Report of the Municipal Commissioner on the plague in Bombay for the year ending 31st May... - Volume 1
Disease focus: Plague
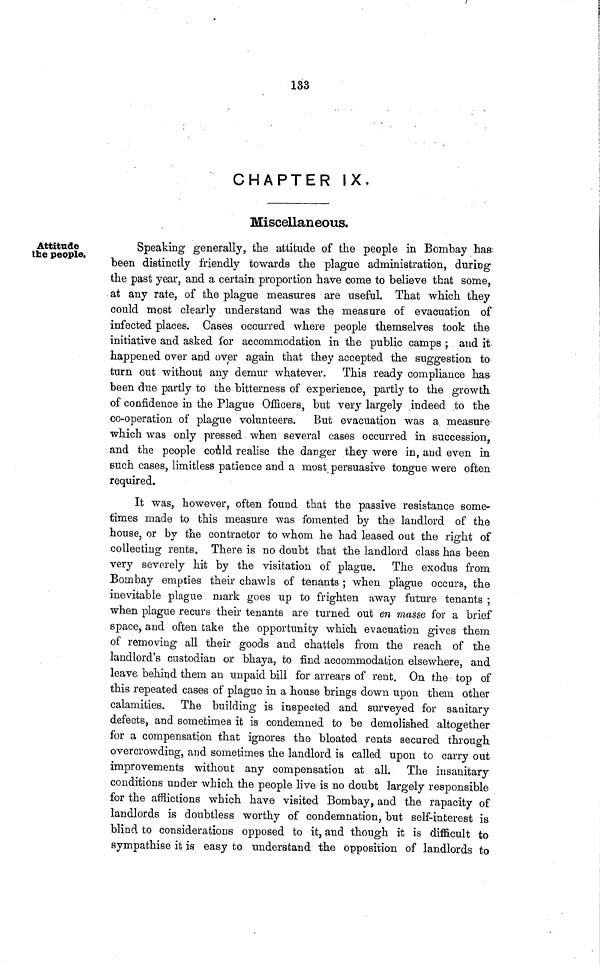
133
CHAPTER IX.
Miscellaneous.
Attitude
tire people.
Speaking generally, the attitude of the people in Bombay has
been distinctly friendly towards the plague administration, during
the past year, and a certain proportion have come to believe that some,
at any rate, of the plague measures are useful. That which they
could most clearly understand was the measure of evacuation of
infected places. Cases occurred where people themselves took the
initiative and asked for accommodation in the public camps ; and it
happened over and over again that they accepted the suggestion to
turn out without any demur whatever. This ready compliance has
been due partly to the bitterness of experience, partly to the growth
of confidence in the Plague Ofíicers, but very largely indeed to the
co-operation of plague volunteers. But evacuation was a measure
which was only pressed when several cases occurred in succession,
and the people could realise the danger they were in, and even in
such cases, limitless patience and a most persuasive tongue were often
required.
It was, however, often found that the passive resistance some-
times made to this measure was fomented by the landlord of the
house, or by the contractor to whom he had leased out the right of
collecting rents. There is no doubt that the landlord class has been
very severely hit by the visitation of plague. The exodus from
Bombay empties their chawls of tenants ; when plague occurs, the
inevitable plague mark goes up to frighten away future tenants ;
when plague recurs their tenants are turned out en masse for a brief
space, and often take the opportunity which evacuation gives them
of removing all their goods and chattels from the reach of the
landlord's custodian or bhaya, to find accommodation elsewhere, and
leave behind them an unpaid bill for arrears of rent. On the top of
this repeated cases of plague in a house brings down upon them other
calamities. The building is inspected and surveyed for sanitary
defects, and sometimes it is condemned to be demolished altogether
for a compensation that ignores the bloated rents secured through
overcrowding, and sometimes the landlord is called upon to carry out
improvements without any compensation at all. The insanitary
conditions under which the people live is no doubt largely responsible
for the afflictions which have visited Bombay, and the rapacity of
landlords is doubtless worthy of condemnation, but self-interest is
blind to considerations opposed to it, and though it is difficult to
sympathise it is easy to understand the opposition of landlords to